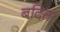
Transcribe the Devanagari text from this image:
बदिता